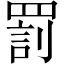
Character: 罰